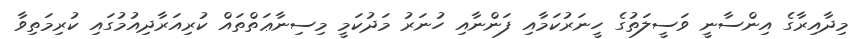
މިދާއިރާގެ އިންސާނީ ވަސީލަތުގެ ހީނަރުކަމާއި ފަންނާއި ހުނަރު މަދުކަމީ މިސިނާޢަތްތައް ކުރިއަރާދިއުމުގައި ކުރިމަތިވާ